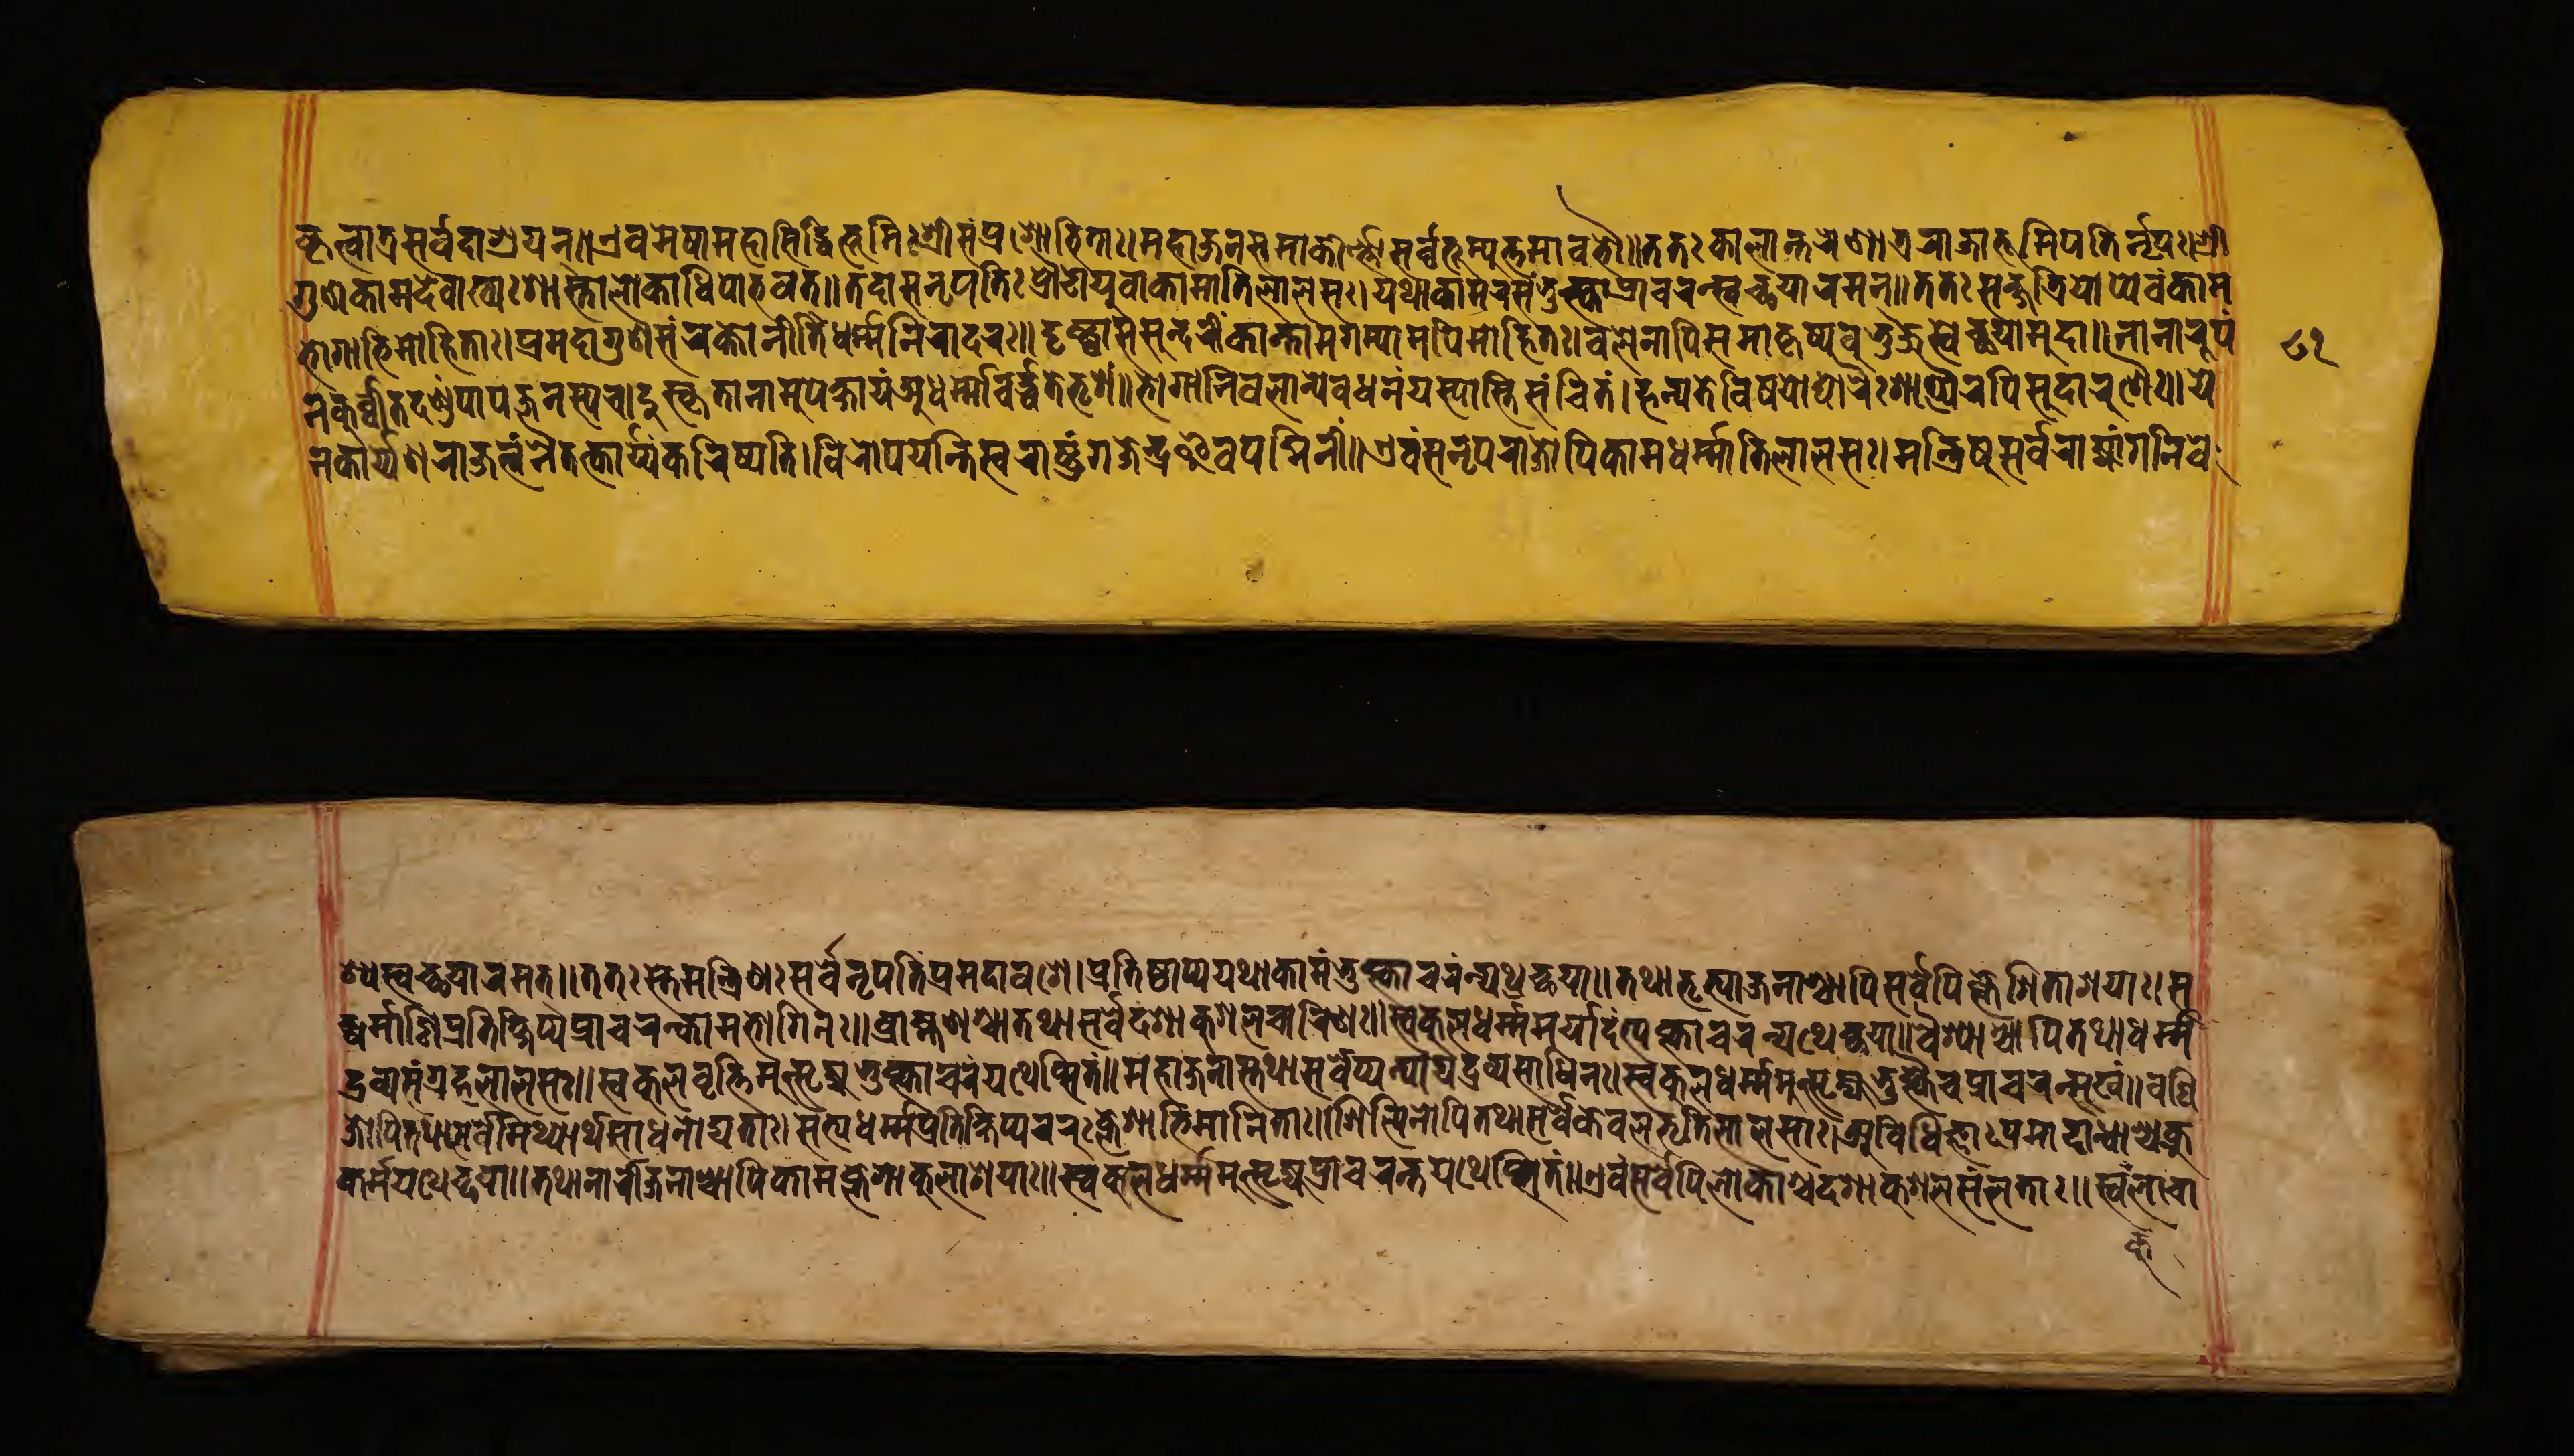
𑐎𑐺𑐟𑑂𑐰𑐵𑐟𑑂𑐬𑐳𑐬𑑂𑐰𑐡𑐵𑐱𑑂𑐬𑐫𑐣𑑂𑑌𑐊𑐰𑐩𑐾𑐲𑐵𑐩𑐴𑐵𑐳𑐶𑐡𑑂𑐢𑐶𑐨𑐹𑐩𑐶𑑅𑐱𑑂𑐬𑐷𑐳𑑄𑐥𑑂𑐬𑐱𑑀𑐨𑐶𑐟𑐵𑑅𑑋𑐩𑐴𑐵𑐖𑐣𑐳𑐩𑐵𑐎𑐷𑐬𑑂𑐞𑑂𑐞𑐳𑐬𑑂𑐰𑐨𑐹𑐩𑑂𑐫𑐸𑐟𑑂𑐟𑐩𑐵𑐧𑐨𑑁𑑌𑐟𑐟𑑅𑐎𑐵𑐮𑐵𑐣𑑂𑐟𑐬𑐾𑐞𑐵𑐟𑑂𑐬𑐬𑐵𑐖𑐵𑐨𑐹𑐩𑐶𑐥𑐟𑐶𑐬𑑂𑐣𑐺𑐥𑑅𑑋𑐱𑑂𑐬𑐷 𑐐𑐸𑐞𑐎𑐵𑐩𑐡𑐾𑐰𑐵𑐏𑑂𑐫𑑅𑐱𑐵𑐳𑑂𑐟𑐵𑐮𑑀𑐎𑐵𑐢𑐶𑐥𑑀𑐨𑐰𑐟𑑂𑑌𑐟𑐡𑐵𑐳𑐣𑐺𑐥𑐟𑐶𑑅𑐥𑑂𑐬𑑁𑐝𑑀𑐫𑐸𑐰𑐵𑐎𑐵𑐩𑐵𑐟𑐶𑐮𑐵𑐮𑐳𑑅𑑋𑐫𑐠𑐵𑐎𑐵𑐩𑐬𑐳𑑄𑐨𑐸𑐎𑑂𑐟𑑂𑐰𑐵𑐥𑑂𑐬𑐵𑐔𑐬𑐣𑑂𑐳𑑂𑐰𑐾𑐔𑑂𑐕𑐫𑐵𑐬𑐩𑐣𑑂𑑌𑐟𑐟𑑅𑐳𑐎𑑂𑐲𑐟𑑂𑐬𑐶𑐫𑑀𑐥𑑂𑐫𑐾𑐰𑑄𑐎𑐵𑐩 𑐨𑑀𑐐𑐵𑐨𑐶𑐩𑑀𑐴𑐶𑐟𑐵𑑅𑑋𑐥𑑂𑐬𑐩𑐡𑐵𑐐𑐸𑐞𑐳𑑄𑐬𑐎𑑂𑐟𑑀𑐣𑐷𑐟𑐶𑐢𑐬𑑂𑐩𑑂𑐩𑐣𑐶𑐬𑐵𑐡𑐬𑑅𑑌𑐡𑐺𑐲𑑂𑐚𑑂𑐰𑐵𑐳𑐳𑐸𑐣𑑂𑐡𑐬𑐷𑑄𑐎𑐵𑐣𑑂𑐟𑐵𑐩𑐐𑐩𑑂𑐫𑐵𑐩𑐥𑐶𑐩𑑀𑐴𑐶𑐟𑑅𑑋𑐧𑐮𑐾𑐣𑐵𑐥𑐶𑐳𑐩𑐵𑐎𑐺𑐲𑑂𑐫𑐧𑐸𑐨𑐸𑐘𑑂𑐖𑐳𑑂𑐰𑐾𑐔𑑂𑐕𑐫𑐵𑐩𑐸𑐡𑐵𑑌𑐣𑐵𑐣𑐵𑐬𑐹𑐥𑑄 𑐣𑐎𑐵𑐬𑑂𑐫𑑂𑐫𑐾𑐞𑐬𑐵𑐖𑐟𑑂𑐰𑑄𑐣𑐿𑐟𑐟𑑂𑐎𑐵𑐬𑑂𑐫𑑂𑐫𑑄𑐎𑐬𑐶𑐲𑑂𑐫𑐟𑐶𑑋𑐰𑐶𑐬𑑀𑐥𑐫𑐣𑑂𑐟𑐶𑐳𑑂𑐰𑐬𑐵𑐲𑑂𑐚𑑂𑐬𑑄𑐐𑐖𑐾𑐣𑑂𑐡𑑂𑐬𑐿𑐰𑐥𑐡𑑂𑐩𑐶𑐣𑐷𑑄𑑌𑐊𑐰𑑄𑐳𑐣𑐺𑐥𑐬𑐵𑐖𑑀𑐥𑐶𑐎𑐵𑐩𑐢𑐬𑑂𑐩𑑂𑐩𑐵𑐟𑐶𑐮𑐵𑐮𑐳𑑅𑑋𑐩𑐣𑑂𑐟𑑂𑐬𑐶𑐲𑐸𑐳𑐬𑑂𑐰𑐬𑐵𑐖𑑂𑐫𑐵𑑄𑐐𑐣𑐶𑐰𑐾 𑐣𑐎𑐸𑐬𑑂𑐰𑑂𑐰𑐷𑐟𑐡𑐞𑑂𑐜𑑄𑐥𑐵𑐥𑐖𑐣𑐳𑑂𑐫𑐔𑑋𑐡𑐸𑐳𑑂𑐎𑐺𑐟𑐵𑐣𑐵𑐩𑐸𑐥𑐎𑑂𑐲𑐵𑐫𑑄𑐀𑐢𑐬𑑂𑐩𑑂𑐩𑐵𑐔𑐬𑑂𑐡𑑂𑐢𑐟𑐾𑐨𑐺𑐱𑑄𑑌𑐨𑑀𑐐𑐵𑐣𑐶𑐰𑐮𑐵𑐣𑑂𑐫𑐾𑐰𑐢𑐣𑑄𑐫𑐳𑑂𑐫𑐵𑐳𑑂𑐟𑐶𑐳𑑄𑐔𑐶𑐟𑑄𑑋𑐴𑐣𑑂𑐫𑐟𑐾𑐰𑐶𑐲𑐫𑑀𑐡𑑂𑐫𑐵𑐬𑐾𑑅𑐱𑐵𑐥𑑂𑐫𑐿𑐬𑐥𑐶𑐳𑐸𑐡𑐵𑐬𑐸𑐞𑐿𑑅𑑌𑐫𑐾 𑐱𑑂𑐫𑐳𑑂𑐰𑐔𑑂𑐕𑐫𑐵𑐬𑐩𑐟𑑂𑑌𑐟𑐟𑑅𑐳𑑂𑐟𑐾𑐩𑐣𑑂𑐟𑑂𑐬𑐶𑐞𑑅𑐳𑐬𑑂𑐰𑐾𑐣𑐺𑐥𑐟𑐶𑑄𑐥𑑂𑐬𑐩𑐡𑐵𑐰𑐱𑐾𑑋𑐥𑑂𑐬𑐟𑐶𑐲𑑂𑐛𑐵𑐥𑑂𑐫𑐫𑐠𑐵𑐎𑐵𑐩𑑄𑐨𑐸𑐎𑑂𑐟𑑂𑐰𑐵𑐔𑐬𑑄𑐣𑑂𑐫𑐠𑐸𑐔𑑂𑐕𑐫𑐵𑑌𑐟𑐠𑐵𑐨𑐺𑐟𑑂𑐫𑐵𑐖𑐣𑐵𑐱𑑂𑐔𑐵𑐥𑐶𑐳𑐬𑑂𑐰𑐾𑐥𑐶𑐎𑑂𑐮𑐾𑐱𑐶𑐟𑐵𑐱𑐫𑐵𑑅𑑋𑐳 𑐡𑑂𑐬𑐰𑑂𑐫𑐳𑑄𑐐𑑂𑐬𑐴𑐮𑐵𑐮𑐳𑑅𑑌𑐳𑑂𑐰𑐎𑐸𑐮𑐰𑐺𑐟𑑂𑐟𑐶𑐩𑐸𑐟𑑂𑐳𑐺𑐖𑑂𑐫𑐨𑐸𑐎𑑂𑐟𑑂𑐰𑐵𑐔𑐬𑑄𑐫𑐠𑐾𑐥𑑂𑐳𑐶𑐟𑑄𑑌𑐩𑐴𑐵𑐖𑐣𑐵𑐳𑑂𑐟𑐠𑐵𑐳𑐬𑑂𑐰𑐾𑐥𑑂𑐫𑐣𑑂𑐫𑐵𑐫𑐡𑑂𑐬𑐰𑐳𑐵𑐢𑐶𑐣𑑅𑑋𑐳𑑂𑐰𑐎𑐸𑐮𑐢𑐬𑑂𑐩𑑂𑐩𑐩𑐸𑐟𑑂𑐳𑐺𑐖𑑂𑐫𑐨𑐸𑐎𑑂𑐟𑑂𑐰𑐿𑐔𑐥𑑂𑐬𑐵𑐔𑐬𑐣𑑂𑐳𑐸𑐏𑑄𑑌𑐰𑐞𑐶 𑐡𑑂𑐢𑐬𑑂𑐩𑐵𑐞𑐶𑐥𑑂𑐬𑐟𑐶𑐎𑑂𑐲𑐶𑐥𑑂𑐫𑐥𑑂𑐬𑐵𑐔𑐬𑐣𑑂𑐎𑐵𑐩𑐨𑑀𑐐𑐶𑐣𑑅𑑌𑐧𑑂𑐬𑐵𑐴𑑂𑐩𑐞𑐱𑑂𑐔𑐵𑐟𑐠𑐵𑐳𑐬𑑂𑐰𑐾𑐡𑐱𑐵𑐎𑐸𑐱𑐮𑐔𑐵𑐬𑐶𑐞𑑅𑑌𑐳𑑂𑐰𑐎𑐸𑐮𑐢𑐬𑑂𑐩𑑂𑐩𑐩𑐬𑑂𑐫𑐵𑐡𑑄𑐟𑑂𑐫𑐎𑑂𑐟𑑂𑐰𑐵𑐔𑐬𑐣𑑂𑐫𑐠𑐾𑐔𑑂𑐕𑐫𑐵𑑌𑐰𑐿𑐱𑑂𑐫𑐵𑐱𑑂𑐔𑐵𑐥𑐶𑐟𑐠𑐵𑐢𑐬𑑂𑐩𑑂𑐩 𑐖𑑀𑐥𑐶𑐟𑐠𑐵𑐳𑐬𑑂𑐰𑐾𑐩𑐶𑐠𑑂𑐫𑐵𑐬𑑂𑐠𑐳𑐵𑐢𑐣𑑀𑐡𑑂𑐫𑐟𑐵𑑅𑑌𑐳𑐟𑑂𑐫𑐢𑐬𑑂𑐩𑑂𑐩𑐥𑑂𑐬𑐟𑐶𑐎𑑂𑐲𑐶𑐥𑑂𑐫𑐔𑐬𑐸𑑅𑐎𑑂𑐮𑐾𑐱𑐵𑐨𑐶𑐩𑐵𑐣𑐶𑐟𑐵𑑅𑑋𑐱𑐶𑐮𑑂𑐥𑐶𑐣𑑀𑐥𑐶𑐟𑐠𑐵𑐳𑐬𑑂𑐰𑐾𑐎𑐾𑐰𑐮𑐨𑐺𑐟𑐶𑐮𑐵𑐮𑐳𑐵𑑅𑑋𑐀𑐰𑐶𑐢𑐶𑐖𑑂𑐘𑐵𑑅𑐥𑑂𑐬𑐩𑐵𑐡𑐵𑐣𑑂𑐢𑐵𑐱𑑂𑐔𑐎𑑂𑐬𑐸 𑐎𑐬𑑂𑐩𑐫𑐠𑐾𑐔𑑂𑐕𑐫𑐵𑑌𑐟𑐠𑐵𑐣𑐵𑐬𑐷𑐖𑐣𑐵𑐱𑑂𑐔𑐵𑐥𑐶𑐎𑐵𑐩𑐎𑑂𑐮𑐾𑐱𑐵𑐎𑐸𑐮𑐵𑐱𑐫𑐵𑑅𑑌𑐳𑑂𑐰𑐎𑐸𑐮𑐢𑐬𑑂𑐩𑑂𑐩𑐩𑐸𑐟𑑂𑐳𑐺𑐖𑑂𑐫𑐥𑑂𑐬𑐵𑐔𑐬𑐣𑑂𑐟𑐫𑐠𑐾𑐥𑑂𑐳𑐶𑐟𑑄𑑌𑐊𑐰𑑄𑐳𑐬𑑂𑐰𑐾𑐥𑐶𑐮𑑀𑐎𑐵𑐱𑑂𑐔𑐡𑐱𑐵𑐎𑐸𑐱𑐮𑐳𑑄𑐮𑐟𑐵𑑅𑑌𑐳𑑂𑐰𑑄𑐮𑐵𑐔𑐵 𑑘𑑑